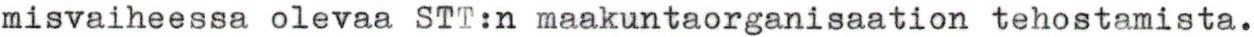
misvaiheessa olevaa STT:n maakuntaorganisaation tehostamista.